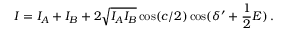
I = I _ { A } + I _ { B } + 2 \sqrt { I _ { A } I _ { B } } \cos ( c / 2 ) \cos ( \delta ^ { \prime } + \frac { 1 } { 2 } E ) \, .